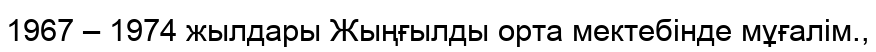
1967 – 1974 жылдары Жыңғылды орта мектебінде мұғалім.,